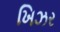
ખિઝર